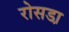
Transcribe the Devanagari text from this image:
रोसडा़